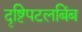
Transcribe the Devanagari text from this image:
दृष्टिपटलबिंब